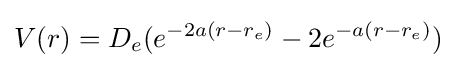
V(r)=D_{e}(e^{-2a(r-r_{e})}-2e^{-a(r-r_{e})})